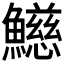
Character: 𩼰